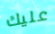
عليك